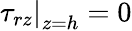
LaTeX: \left.\tau_{rz}\right|_{z=h}=0